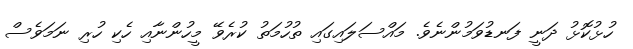
ހުޅުކޮޅު ދަނީ ފަނޑުވަމުންނެވެ. މައްސަލައިގައި ތުހުމަތު ކުރެވޭ މީހުންނާއި ހެކި ހުރި ނަމަވެސް